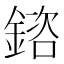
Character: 𨩲